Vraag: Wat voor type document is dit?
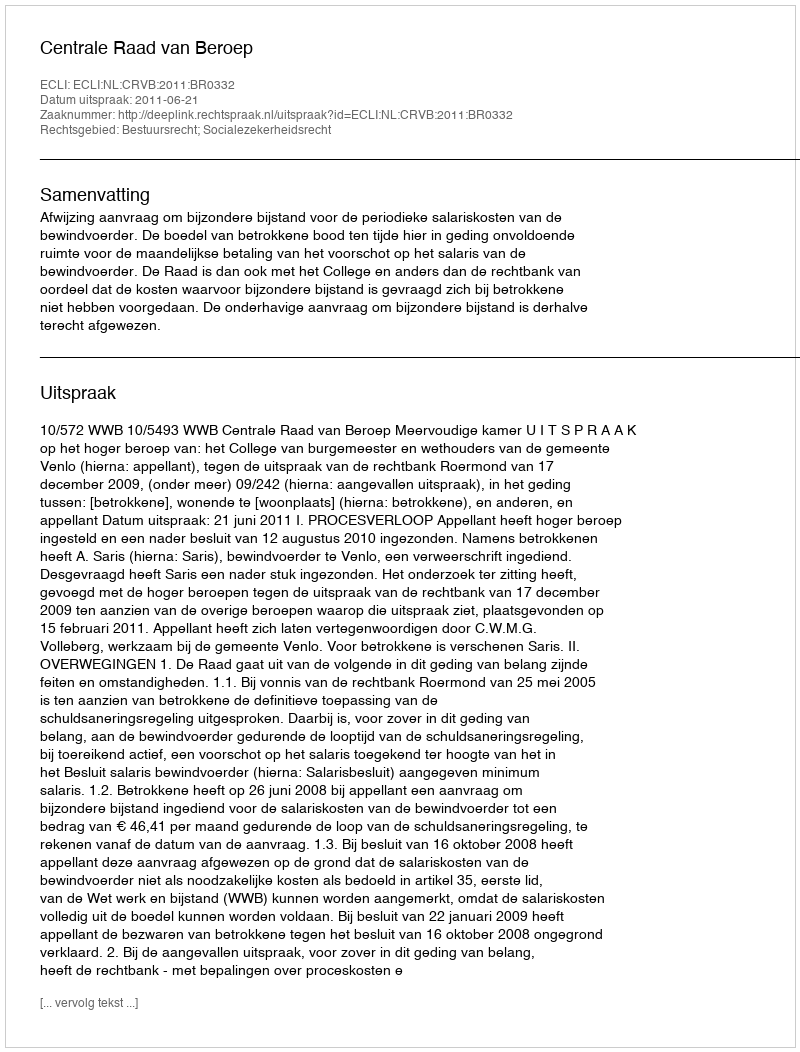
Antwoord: Uitspraak